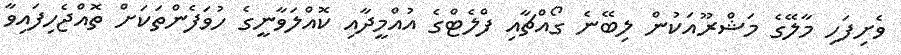
ވެށިފަހި މާލޭގެ މަޝްރޫއަކުން ލިބޭނެ ގޯއްޗާއި ފްލެޓްގެ އުއްމީދާއި ކޮއްލަވާނީގެ ހުވަފެންތަކަށް ތޮއްޖެހިފައިވާ